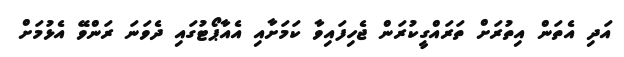
އަދި އެތަން އިތުރަށް ތަރައްގީކުރަން ޖެހިފައިވާ ކަމަށާއި އެއާޕޯޓުގައި ދެވަނަ ރަންވޭ އެޅުމަށް